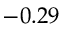
- 0 . 2 9